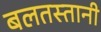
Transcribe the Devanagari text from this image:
बलतस्तानी